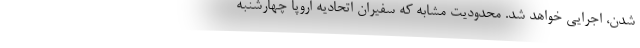
شدن، اجرایی خواهد شد. محدودیت مشابه که سفیران اتحادیه اروپا چهارشنبه